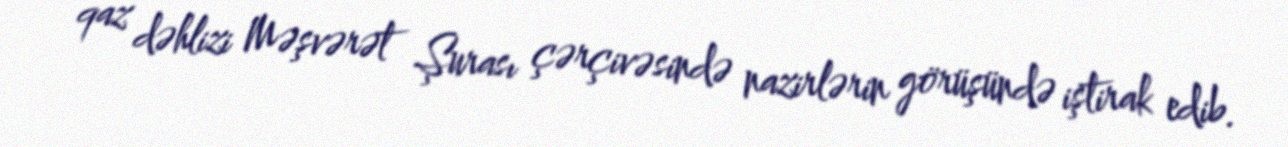
qaz dəhlizi Məşvərət Şurası çərçivəsində nazirlərin görüşündə iştirak edib.